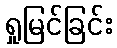
ရှုမြင်ခြင်း